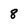
Character: 8